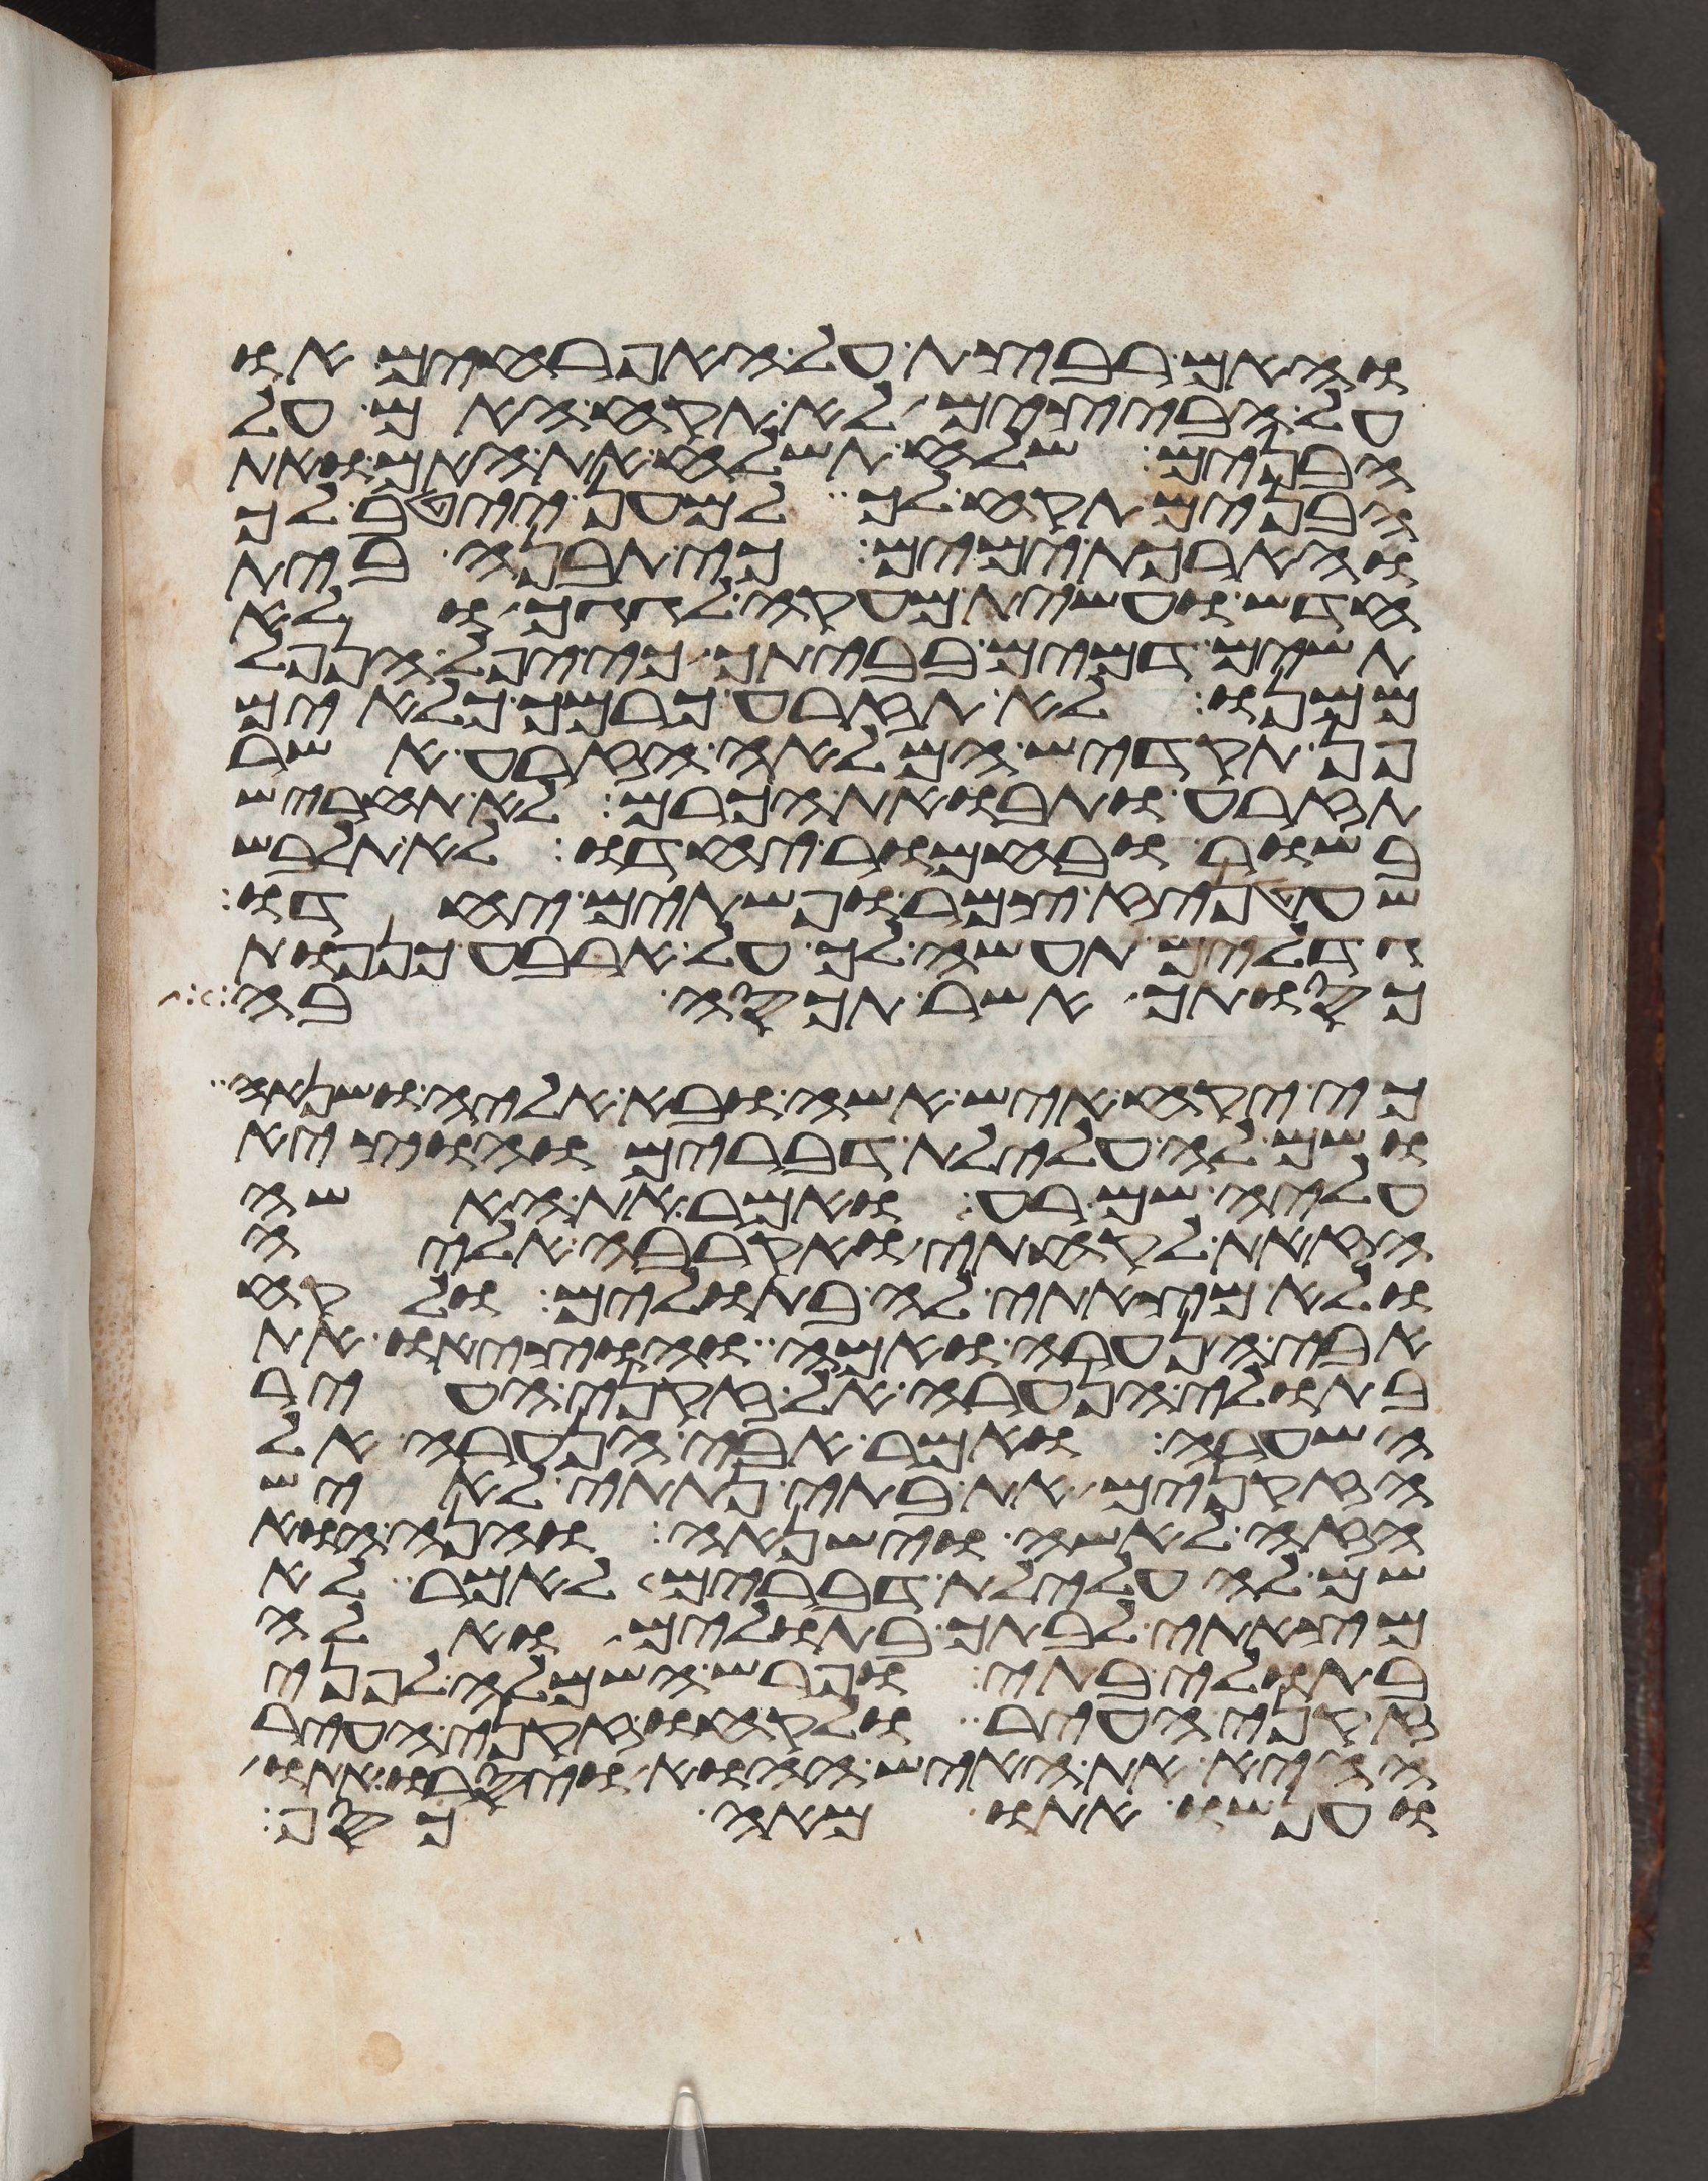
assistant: והאם רבצת על האפרחים או
על הבצים לא תקח האם על
הבנים שלח תשלח את האם ואת
הבנים תקח לך למען ייטב לך
והארכת ימים כי תבנה בית
חדש ועשית מעקה לגגך ולא
תשים דמים בביתך כי יפל הנפל
ממנו לא תזרע כרמך כלאים
פן תקדיש המלאה הזרע אשר
תזרע ותבואת הכרם לא תחריש
בשור ובחמור יחדו לא תלבש
שעטניז צמר ופשתים יחדו
גדלים תעשה לך על ארבע כנפות
כסותך אשר תכסה בה
כי יקח איש אשה ובא אליה ושנאה
ושם לה עלילת דברים והוציא
עליה שם רע ואמר את האשה
הזאת לקחתי ואקרבה אליה
ולא מצאתי לה בתולים ולקח
אבי הנערה ואמה והוציאו את
בתולי הנערה אל זקני העיר
השערה ואמר אבי הנערה אל
הזקנים את בתי נתתי לאיש
הזה לאשה וישנאה והנה הוא
שם לה עלילת דברים לאמר לא
מצאתי לבתך בתולים ואלה
בתולי בתי ופרש השמלה לפני
זקני העיר ולקחו זקני העיר
ההיא את האיש ההוא ויסרו אתו
אתו מאה כסף